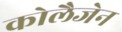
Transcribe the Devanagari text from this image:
कोलैजेन